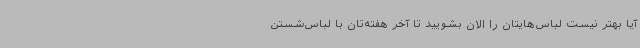
آیا بهتر نیست لباس‌هایتان را الان بشویید تا آخر هفته‌تان با لباس‌شستن